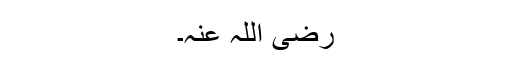
رضی اللہ عنہ۔